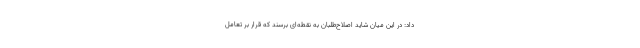
داد: در این میان شاید اصلاح‌طلبان به نقطه‌ای برسند که قرار بر تعامل